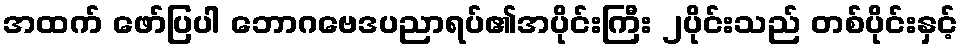
အထက် ဖော်ပြပါ ဘောဂဗေဒပညာရပ်၏အပိုင်းကြီး ၂ပိုင်းသည် တစ်ပိုင်းနှင့်